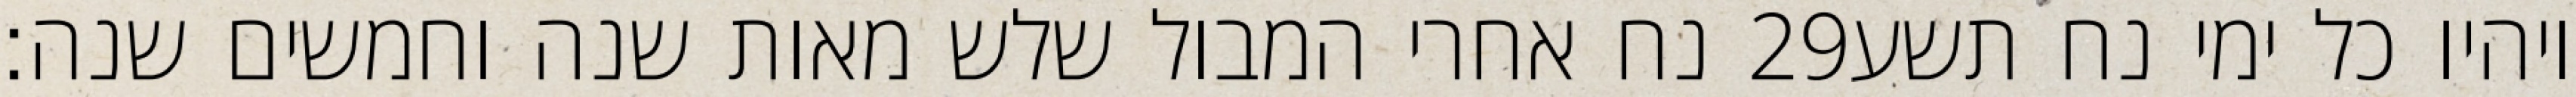
נח אחרי המבול שלש מאות שנה וחמשים שנה׃ ‎29‏ ויהיו כל ימי נח תשע